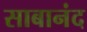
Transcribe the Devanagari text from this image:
साबानंद